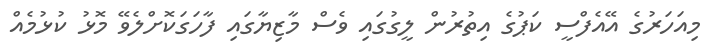
މިއަހަރުގެ އޭއެފްސީ ކަޕުގެ އިތުރުން ލީގުގައި ވެސް މާޒިޔާގައި ފާހަގަކޮށްލެވޭ މޮޅު ކުޅުމެއް